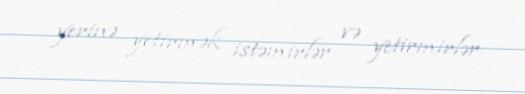
yerinə yetirmək istəmirlər və yetirmirlər.